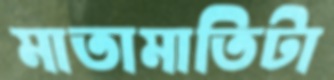
মাতামাতিটা